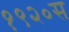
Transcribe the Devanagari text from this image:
१९२०स